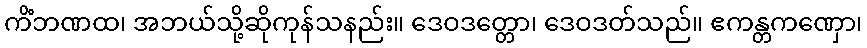
ကိံဘဏထ၊ အဘယ်သို့ဆိုကုန်သနည်း။ ဒေဝဒတ္တော၊ ဒေဝဒတ်သည်။ ဧကန္တကဏှော၊